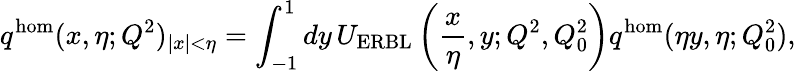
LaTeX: q^{\mathrm{hom}}(x,\eta;Q^{2})_{|x|<\eta}=\int_{-1}^{1}dy\, U_{\mathrm{ERBL}}\left(\frac{x}{\eta},y;Q^{2},Q_{0}^{2}\right)q^{\mathrm{hom}}(\eta y,\eta;Q_{0}^{2}),